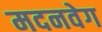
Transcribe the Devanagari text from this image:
मदनवेग